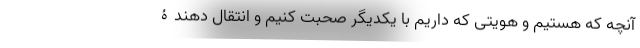
آنچه که هستیم و هویتی که داریم با یکدیگر صحبت کنیم و انتقال دهندۀ